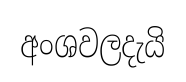
අංශවලදැයි